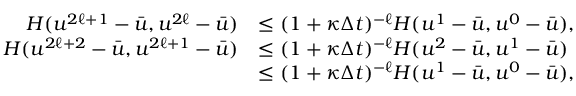
\begin{array} { r l } { H ( u ^ { 2 \ell + 1 } - \bar { u } , u ^ { 2 \ell } - \bar { u } ) } & { \le ( 1 + \kappa \Delta t ) ^ { - \ell } H ( u ^ { 1 } - \bar { u } , u ^ { 0 } - \bar { u } ) , } \\ { H ( u ^ { 2 \ell + 2 } - \bar { u } , u ^ { 2 \ell + 1 } - \bar { u } ) } & { \le ( 1 + \kappa \Delta t ) ^ { - \ell } H ( u ^ { 2 } - \bar { u } , u ^ { 1 } - \bar { u } ) } \\ & { \le ( 1 + \kappa \Delta t ) ^ { - \ell } H ( u ^ { 1 } - \bar { u } , u ^ { 0 } - \bar { u } ) , } \end{array}